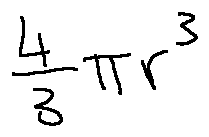
\frac { 4 } { 3 } \pi r ^ { 3 }